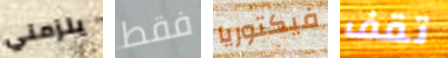
يلزمني فقط فيكتوريا تقف